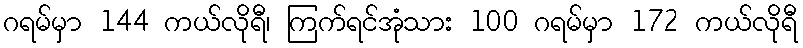
ဂရမ်မှာ 144 ကယ်လိုရီ၊ ကြက်ရင်အုံသား 100 ဂရမ်မှာ 172 ကယ်လိုရီ